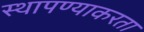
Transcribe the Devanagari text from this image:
स्थापण्याकरता